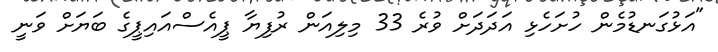
"އަޅުގަނޑުމެން ހުށަހެޅި އަދަދަށް ވުރެ 33 މިލިއަން ރުފިޔާ ޕީއެސްއައިޕީގެ ބަޔަށް ވަނީ